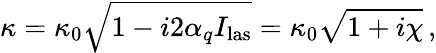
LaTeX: \kappa=\kappa_{0}\sqrt{1-i2\alpha_{q}I_{\mathrm{las}}}=\kappa_{0}\sqrt{1+i\chi}\, ,